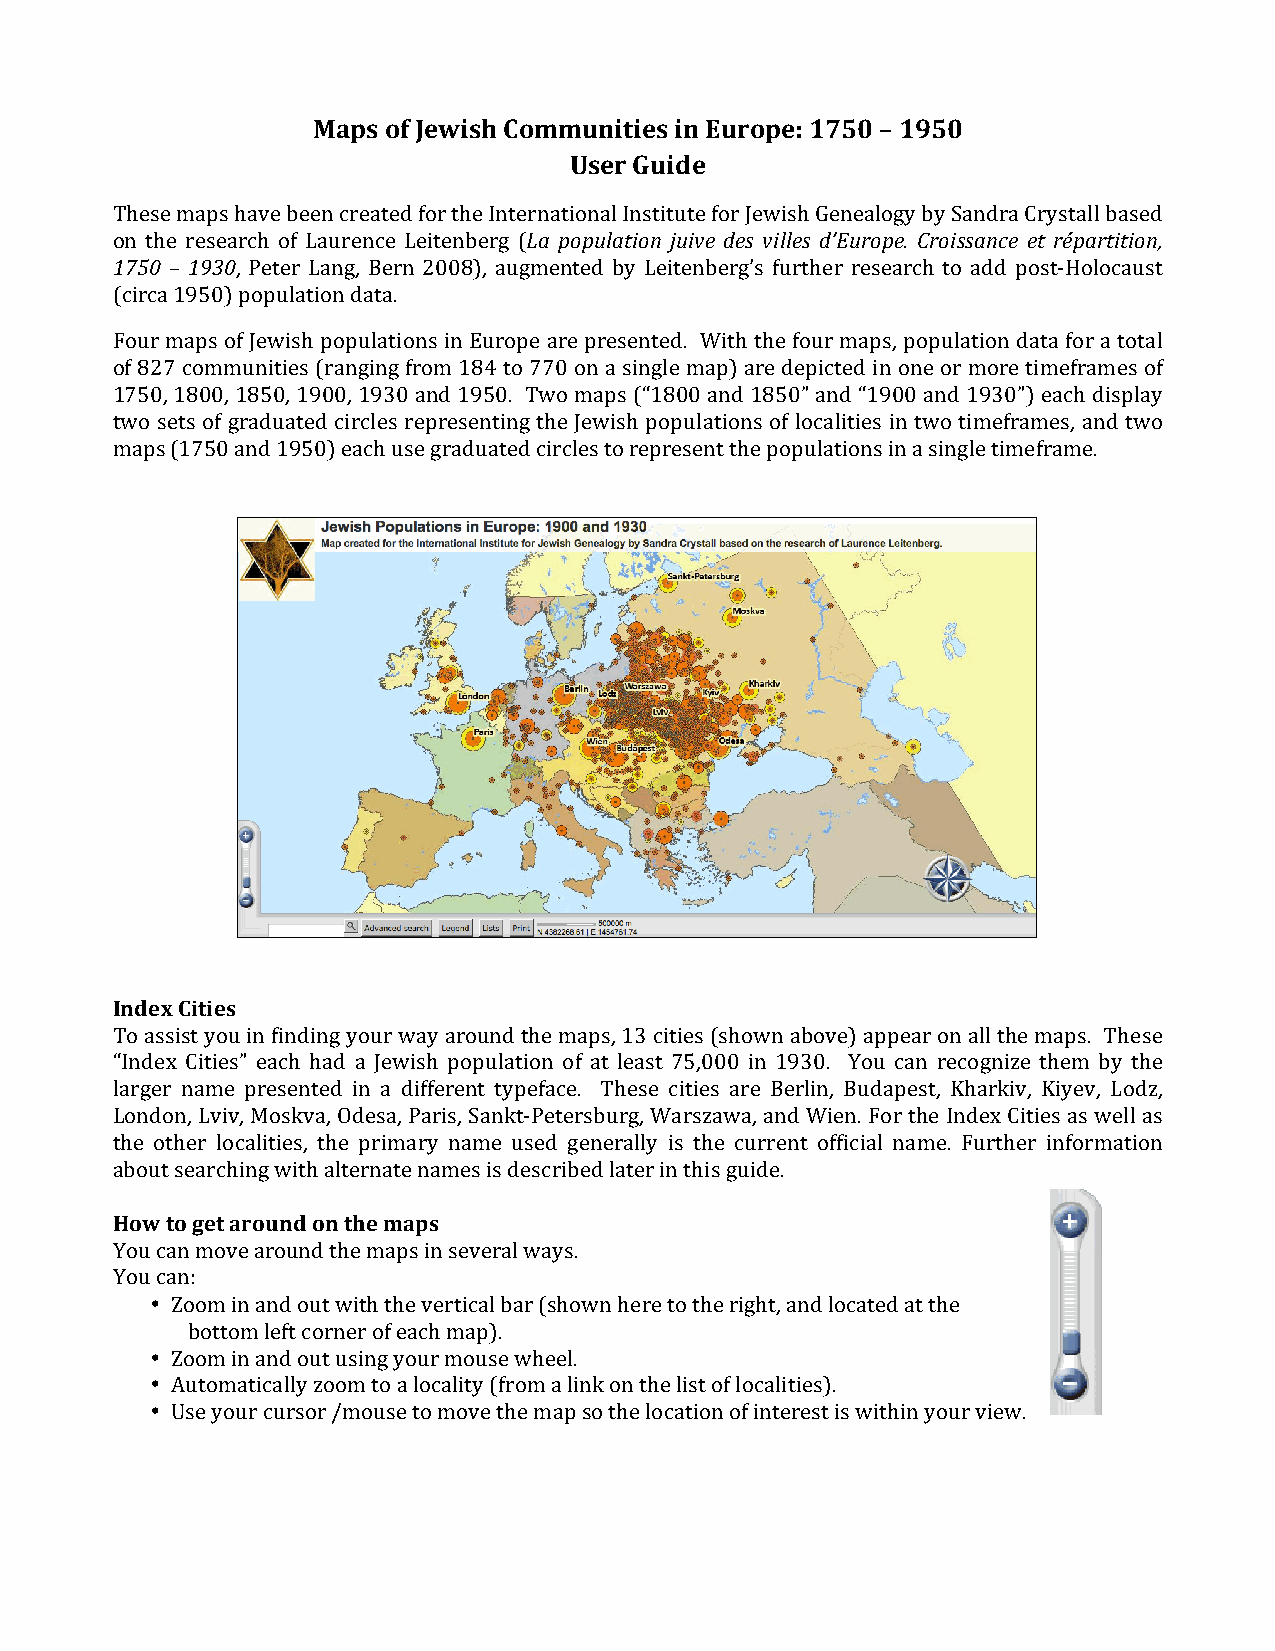
Maps of Jewish Communities in Europe: 1750 – 1950
 User Guide
 These maps have been created for the International Institute for Jewish Genealogy by Sandra Crystall based
 on the research of Laurence Leitenberg (La population juive des villes d’Europe. Croissance et répartition,
 1750 – 1930, Peter Lang, Bern 2008), augmented by Leitenberg’s further research to add post-­‐Holocaust
 (circa 1950) population data.
 Four maps of Jewish populations in Europe are presented. With the four maps, population data for a total
 of 827 communities (ranging from 184 to 770 on a single map) are depicted in one or more timeframes of
 1750, 1800, 1850, 1900, 1930 and 1950. Two maps (“1800 and 1850” and “1900 and 1930”) each display
 two sets of graduated circles representing the Jewish populations of localities in two timeframes, and two
 maps (1750 and 1950) each use graduated circles to represent the populations in a single timeframe.
 Index Cities
 To assist you in finding your way around the maps, 13 cities (shown above) appear on all the maps. These
 “Index Cities” each had a Jewish population of at least 75,000 in 1930. You can recognize them by the
 larger name presented in a different typeface. These cities are Berlin, Budapest, Kharkiv, Kiyev, Lodz,
 London, Lviv, Moskva, Odesa, Paris, Sankt-­‐Petersburg, Warszawa, and Wien. For the Index Cities as well as
 the other localities, the primary name used generally is the current official name. Further information
 about searching with alternate names is described later in this guide.
 How to get around on the maps
 You can move around the maps in several ways.
 You can:
 • Zoom in and out with the vertical bar (shown here to the right, and located at the
 bottom left corner of each map).
 • Zoom in and out using your mouse wheel.
 • Automatically zoom to a locality (from a link on the list of localities).
 • Use your cursor /mouse to move the map so the location of interest is within your view.